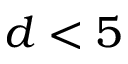
d < 5